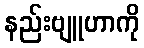
နည်းဗျူဟာကို